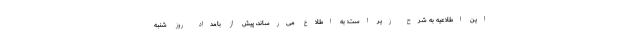
این اطلاعیه به شرح زیر است: به اطلاع می‌رساند، پیش از بامداد روز شنبه